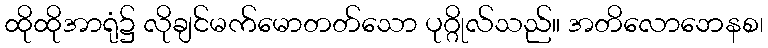
ထိုထိုအာရုံ၌ လိုချင်မက်မောတတ်သော ပုဂ္ဂိုလ်သည်။ အတိလောဘေနစ၊